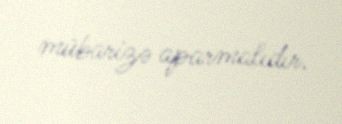
mübarizə aparmalıdır.